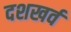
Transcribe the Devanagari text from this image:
दशखर्व